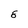
Character: 8